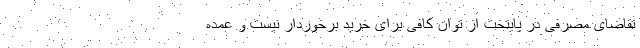
تقاضای مصرفی در پایتخت از توان کافی برای خرید برخوردار نیست و عمده